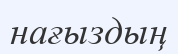
нағыздың